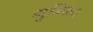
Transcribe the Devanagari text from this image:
गुम्फिद